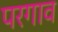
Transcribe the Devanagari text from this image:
परगाव